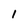
Character: 1